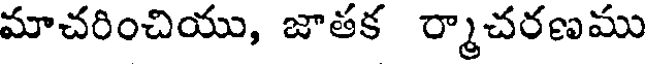
మాచరించియు, జాతక ర్మాచరణము